Calcutta medical institutions reports 1879-81 [i.e.91]
Year: 1879
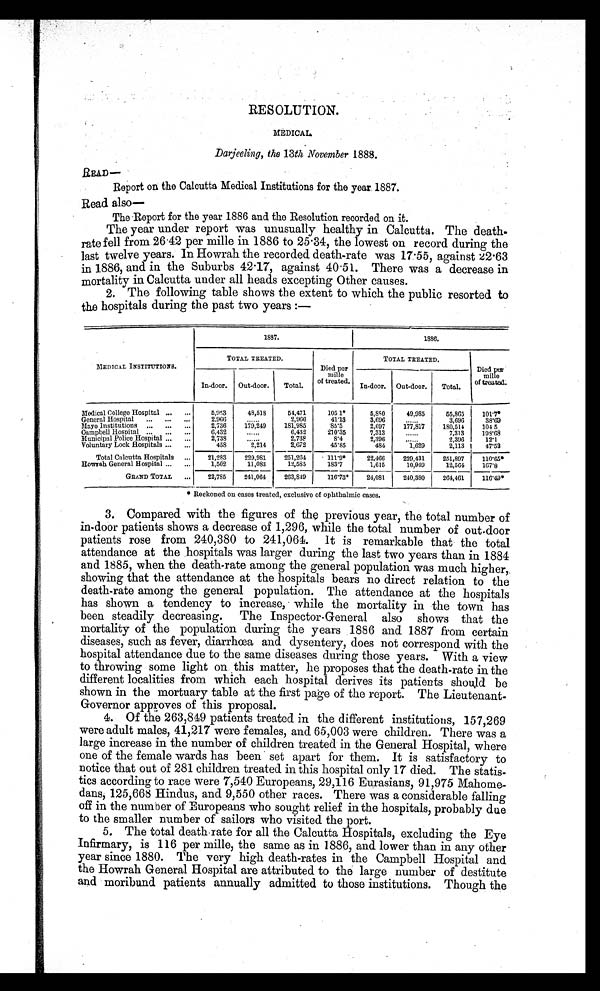
RESOLUTION.
MEDICAL
Darjeeling, the 13th November 1888.
READ—
Report on the Calcutta Medical Institutions for the year. 1887.
Read also
—
The Report for the year 1886 and the Resolution recorded on it.
The year under report was unusually healthy in Calcutta. The death
- r a t e f e l l f r o m 2 6 . 4 2 p e r m i l l e i n 1 8 8 6 t o 2 5 . 3 4 , t h e l o w e s t o n r e c o r d d u r i n g t h e
last twelve years. In Howrah the recorded death-rate was 17.55, against 22.63
in 1886, and in the Suburbs 42.17, against 40.51. There was a decrease in
mortality in Calcutta under all heads excepting Other causes.
2. The following table shows the extent to which the public resorted to
the hospitals during the past two years :—
MEDICAL INSTITUTIONS.
1887.
1886.
TOTAL TREATED.
Died per
mille
of treated.
TOTAL TREATED.
Died per
mille
of treated.
In-door. Out-door.
Total.
In-door. Out-door. Total.
Medical College Hospital ...
. . .
5,953
48,518
54,471
1051
5,880
49,985
55,865
101.7
General Hospital ... ... ...
2 , 9 6 6
. . . . . .
2,966
4113
3,696
. . . . . .
3,696
38.69
Mayo Institutions ... ... ...
2,736
179,249
181,985
85.5
2,697
177,817
180,514
104 5
Campbell Hospital ... ...
. . .
6,43
. . . . . .
6,432
210.35
7,313
. . . . . .
7,313
198.68
Municipal Police Hospital ... ...
2,738
. . . . . .
2,738
8.4
2,396
. . . . . .
2,396
12.1
Voluntary Lock Hospitals ...
. . .
458
2,214
2,672
45.85
484
1 , 6 2 9
2,113
47.52
Total Calcutta Hospitals ...
21,293
229,981
251,204
111.9*
22,466
229,431
251,897
110. 65*
Howrah General Hospital ... ...
1,502
11,083
12,585
183.7
1,615
10,949
12,564
1 6 7 . 8
GRAND TOTAL ...
22,785
241,064
263,849
116.73*
24,081
240,380
264,461
116. 49*
* R e c k o n e d o n c a s e s t r e a t e d , e x c l u s i v e o f o p h t h a l m i c c a s e s .
3. Compared with the figures of the previous year, the total number of
in-door patients shows a decrease of 1,296, while the total number of outdoor
patients rose from 240,380 to 241,064. It is remarkable that the total
attendance at the hospitals was larger during the last two years than in 1884
and 1885, when the death-rate among the general population was much higher,
showing that the attendance at the hospitals bears no direct relation to the
death-rate among the general population. The attendance at the hospitals
has shown a tendency to increase, while the mortality in the town has
been steadily decreasing. The Inspector-General also shows that the
mortality of the population during the years 1886 and 1887 from certain
diseases, such as fever, diarrhœa and dysentery, does not correspond with the
hospital attendance due to the same diseases during those years. With a view
to throwing some light on this matter, he proposes that the death-rate in the
different localities from which each hospital derives its patients should be
shown in the mortuary table at the first page of the report. The Lieutenant
- G o v e r n o r a p p r o v e s o f t h i s p r o p o s a l .
4. Of the 263,849 patients treated in the different institutions, 157,269
were adult males, 41,217 were females, and 65,003 were children. There was a
large increase in the number of children treated in the General Hospital, where
one of the female wards has been set apart for them. It is satisfactory to
notice that out of 281 children treated in this hospital only 17 died. The statis
-tics according to race were 7,540 Europeans, 29,116 Eurasians, 91,975 Mahome
- d a n s , 1 2 5 , 6 6 8 H i n d u s , a n d 9 , 5 5 0 o t h e r r a c e s . T h e r e w a s a c o n s i d e r a b l e f a l l i n g
off in the number of Europeans who sought relief in the hospitals, probably due
to the smaller number of sailors who visited the port.
5. The total death rate for all the Calcutta Hospitals, excluding the Eye
Infirmary, is 116 per mille, the same as in 1886, and lower than in any other
year since 1880. The very high death-rates in the Campbell Hospital and
the Howrah General Hospital are attributed to the large number of destitute
and moribund patients annually admitted to those institutions. Though the